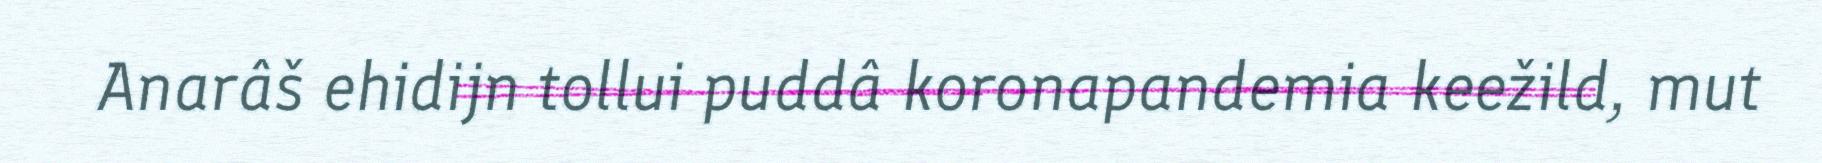
Anarâš ehidijn tollui puddâ koronapandemia keežild, mut